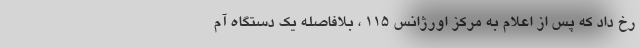
رخ داد که پس از اعلام به مرکز اورژانس ۱۱۵ ، بلافاصله یک دستگاه آم